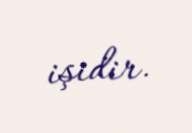
işidir.